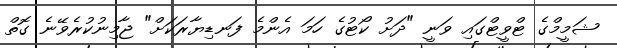
ޝަމީމްގެ ޓްވީޓްގައި ވަނީ "ދަށު ކޯޓުގެ ހަމަ އެންމެ ފަނޑިޔާރަކަށް" ޖާމިނުކުރެވޭނެ ގޮތް